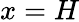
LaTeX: x=H